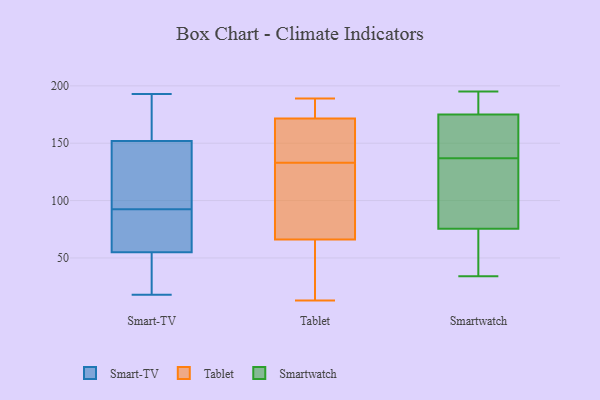
{"axis": {"x": "Inventory Turnover", "y": "Value"}, "legend": ["Smart-TV", "Smartwatch", "Tablet"], "data": [{"x": "", "y": 80, "type": "Smart-TV"}, {"x": "", "y": 49, "type": "Smart-TV"}, {"x": "", "y": 193, "type": "Smart-TV"}, {"x": "", "y": 170, "type": "Smart-TV"}, {"x": "", "y": 188, "type": "Smart-TV"}, {"x": "", "y": 18, "type": "Smart-TV"}, {"x": "", "y": 49, "type": "Smart-TV"}, {"x": "", "y": 55, "type": "Smart-TV"}, {"x": "", "y": 152, "type": "Smart-TV"}, {"x": "", "y": 133, "type": "Smart-TV"}, {"x": "", "y": 113, "type": "Smart-TV"}, {"x": "", "y": 93, "type": "Smart-TV"}, {"x": "", "y": 92, "type": "Smart-TV"}, {"x": "", "y": 75, "type": "Smart-TV"}, {"x": "", "y": 106, "type": "Tablet"}, {"x": "", "y": 13, "type": "Tablet"}, {"x": "", "y": 24, "type": "Tablet"}, {"x": "", "y": 132, "type": "Tablet"}, {"x": "", "y": 181, "type": "Tablet"}, {"x": "", "y": 142, "type": "Tablet"}, {"x": "", "y": 180, "type": "Tablet"}, {"x": "", "y": 183, "type": "Tablet"}, {"x": "", "y": 83, "type": "Tablet"}, {"x": "", "y": 59, "type": "Tablet"}, {"x": "", "y": 189, "type": "Tablet"}, {"x": "", "y": 134, "type": "Tablet"}, {"x": "", "y": 156, "type": "Tablet"}, {"x": "", "y": 63, "type": "Tablet"}, {"x": "", "y": 69, "type": "Tablet"}, {"x": "", "y": 70, "type": "Tablet"}, {"x": "", "y": 169, "type": "Tablet"}, {"x": "", "y": 151, "type": "Tablet"}, {"x": "", "y": 174, "type": "Tablet"}, {"x": "", "y": 63, "type": "Tablet"}, {"x": "", "y": 46, "type": "Smartwatch"}, {"x": "", "y": 68, "type": "Smartwatch"}, {"x": "", "y": 193, "type": "Smartwatch"}, {"x": "", "y": 109, "type": "Smartwatch"}, {"x": "", "y": 190, "type": "Smartwatch"}, {"x": "", "y": 69, "type": "Smartwatch"}, {"x": "", "y": 134, "type": "Smartwatch"}, {"x": "", "y": 82, "type": "Smartwatch"}, {"x": "", "y": 34, "type": "Smartwatch"}, {"x": "", "y": 186, "type": "Smartwatch"}, {"x": "", "y": 140, "type": "Smartwatch"}, {"x": "", "y": 195, "type": "Smartwatch"}, {"x": "", "y": 119, "type": "Smartwatch"}, {"x": "", "y": 143, "type": "Smartwatch"}, {"x": "", "y": 164, "type": "Smartwatch"}, {"x": "", "y": 159, "type": "Smartwatch"}]}